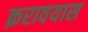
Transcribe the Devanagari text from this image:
क्ररावयास